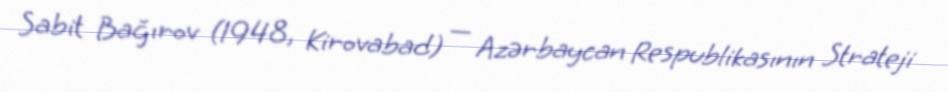
Sabit Bağırov (1948, Kirovabad) — Azərbaycan Respublikasının Strateji